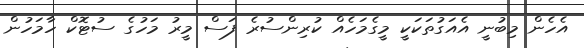
އެހެން މިބުނީ އެއަގުތަކަކީ މީގެމަހެއް ކުރިންސުރެ ފަސް މީރު މަހުގެ ސުޓޮކް ހާމަހުން